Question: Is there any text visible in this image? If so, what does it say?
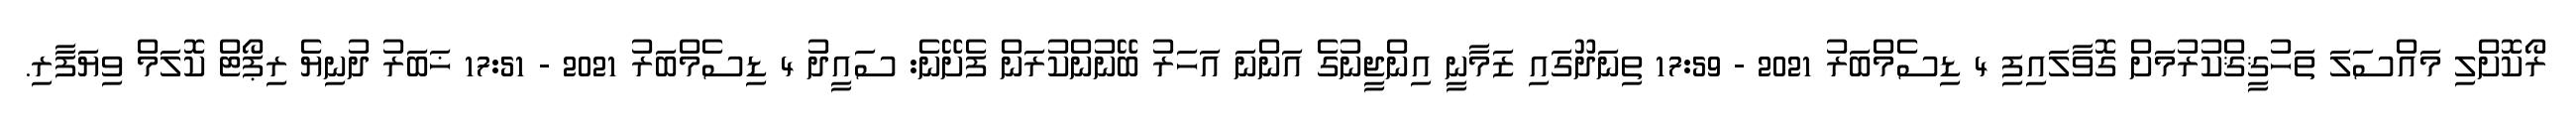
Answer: ރޯކޮށްލި މައްސަލަ ތަހުޤީޤްކުރުމަށް ގޮވާލައިފި 4 ޑިސެމްބަރު 2021 - 17:59 ތިނަދޫގައި ޒަމާނީ އިންޖީނުގެ އަންނަ އަހަރު ބޭނުންކުރަން ފެށޭނެ: ސައީދު 4 ޑިސެމްބަރު 2021 - 17:51 ޚަބަރު ދުނިޔެ ރިޕޯޓް ކޮލަމް ވިޔަފާރި.